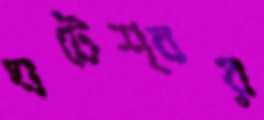
ঘটেশ্বর